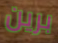
برين